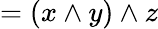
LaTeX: =(x\wedge y)\wedge z